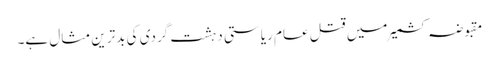
مقبوضہ کشمیر میں قتل عام ریاستی دہشت گردی کی بدترین مثال ہے۔